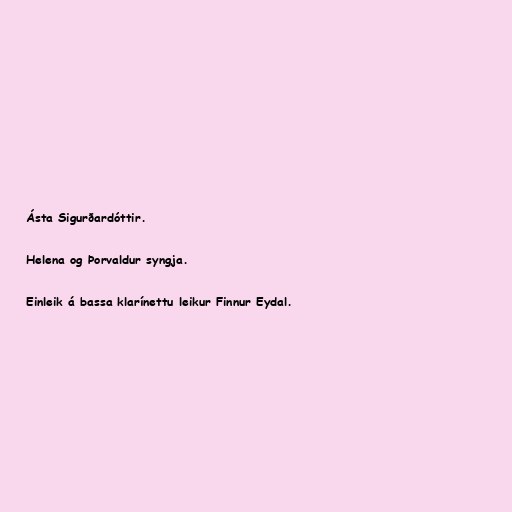
Ásta Sigurðardóttir.

Helena og Þorvaldur syngja.

Einleik á bassa klarínettu leikur Finnur Eydal.